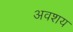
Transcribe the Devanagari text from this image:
अवशय